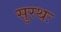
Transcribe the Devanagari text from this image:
सुरथः